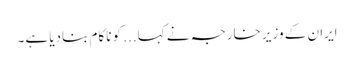
ایران کے وزیر خارجہ نے کہا... کو ناکام بنادیا ہے۔